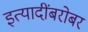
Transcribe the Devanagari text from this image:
इत्यादींबरोबर